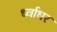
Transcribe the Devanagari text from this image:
र्ध्वाधर